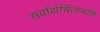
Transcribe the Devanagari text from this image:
सर्वार्थचिंतामणि